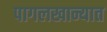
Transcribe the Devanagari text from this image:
पागलखान्यात